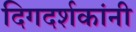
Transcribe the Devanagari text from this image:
दिगदर्शकांनी